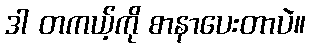
ဒါ တကယ့်ကို စာနာပေးတာပဲ။